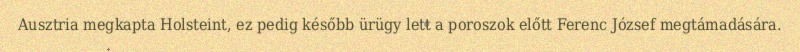
Ausztria megkapta Holsteint, ez pedig később ürügy lett a poroszok előtt Ferenc József megtámadására.